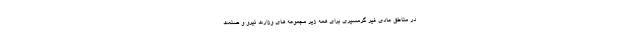
در مناطق عادی غیر گرمسیری برای همه زیر مجموعه های وزارت نیرو و صنعت